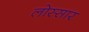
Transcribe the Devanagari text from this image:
लोस्सार